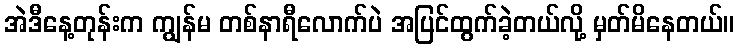
အဲဒီနေ့တုန်းက ကျွန်မ တစ်နာရီလောက်ပဲ အပြင်ထွက်ခဲ့တယ်လို့ မှတ်မိနေတယ်။